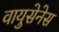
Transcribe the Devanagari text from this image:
वायुसेनेस